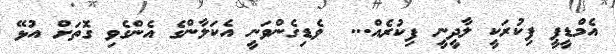
އެމްޑީޕީ ފިކުރަކީ ލާދީނީ ފިކުރެއް...  ވެޑިގެންވަނީ އެކަލާންގެ އެންގެވި ގޮތަށް އުޅޭ